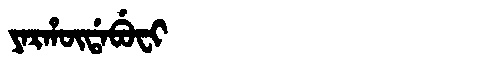
Manchu: ᠶᠠᡵᡥᡡᡩᠠᠪᡠᠸᡳ
Romanization: YARHŪDABUFI